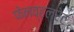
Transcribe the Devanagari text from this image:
फेनव्हलरेट